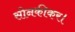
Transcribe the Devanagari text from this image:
सोनकीकर।